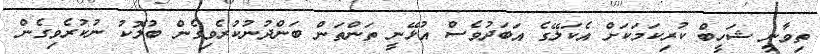
ތިވާނީ ޝަހީބް ކުރިކަމަކަށް އެކަލޭގެ އަބަދުވެސް އުޅޭނީ ތަންތަން ބަންދުނުކުރެވިގެން ބުލޮކު ނުކުރެވިގެން